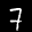
Label: 7